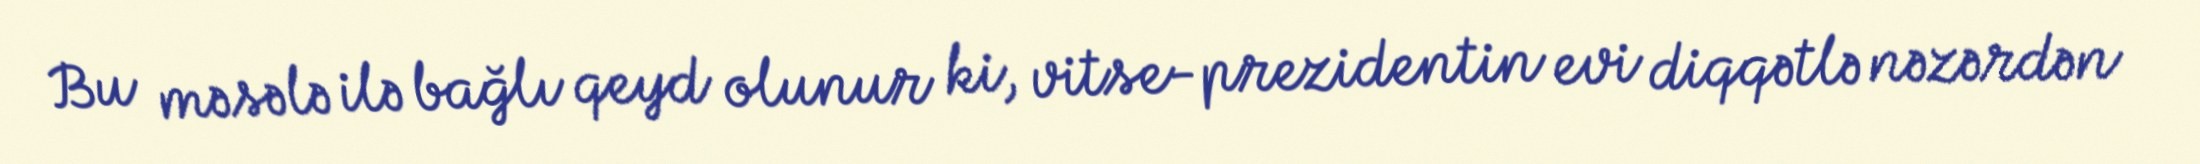
Bu məsələ ilə bağlı qeyd olunur ki, vitse-prezidentin evi diqqətlə nəzərdən